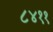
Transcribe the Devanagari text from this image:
८४११